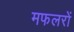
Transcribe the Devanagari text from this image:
मफलरों